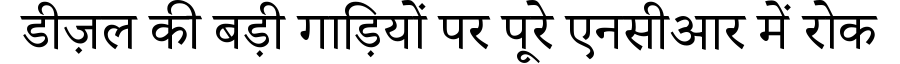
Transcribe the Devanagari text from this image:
डीज़ल की बड़ी गाड़ियों पर पूरे एनसीआर में रोक